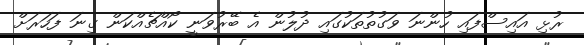
ރުޅި އައިސްފައި ހުންނަ ވަގުތުތަކުގައި ދުލުން އެ ބޭރުވަނީ ކޯއްޗެއްކަން ގިނަ ފަހަރަށް